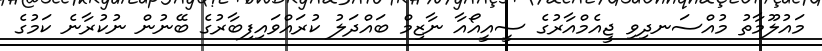
މައުލޫމާތު މުއްސަނދިވި ޖީއެމްއާރުގެ ސީއީއޯއާ ނާޒިމް ބައްދަލު ކުރައްވައިފިބާރުގެ ބޭނުން ނުކުރާނެ ކަމުގެ